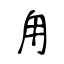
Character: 甪